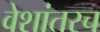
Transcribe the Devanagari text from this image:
वेशांतरच